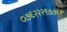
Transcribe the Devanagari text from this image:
०७६२२२९७७६९